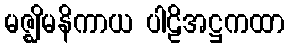
မဇ္ဈိမနိကာယ ပါဠိအဋ္ဌကထာ